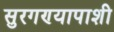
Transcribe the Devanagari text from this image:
सुरगण्यापाशी